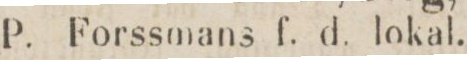
203    P. Forssmans f. d. lokal.